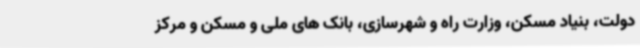
دولت، بنیاد مسکن، وزارت راه و شهرسازی، بانک های ملی و مسکن و مرکز